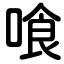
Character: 喰